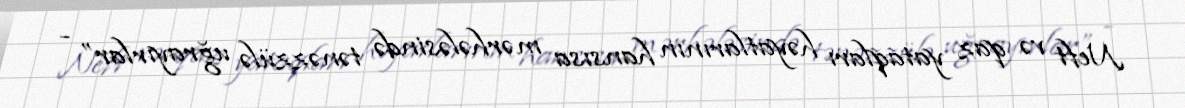
Neft və qaz yataqları həyatlarının hansısa mərhələsində tənəzzülə uğrayırlar” -